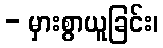
- မှားစွာယူခြင်း၊